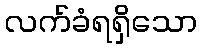
လက်ခံရရှိသော